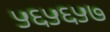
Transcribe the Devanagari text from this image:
५६५६५७